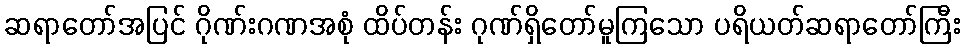
ဆရာတော်အပြင် ဂိုဏ်းဂဏအစုံ ထိပ်တန်း ဂုဏ်ရှိတော်မူကြသော ပရိယတ်ဆရာတော်ကြီး